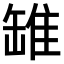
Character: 𫄻